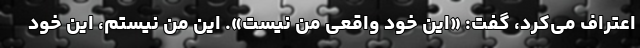
اعتراف می‌کرد، گفت: «این خود واقعی من نیست». این من نیستم، این خود